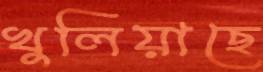
খুলিয়াছে